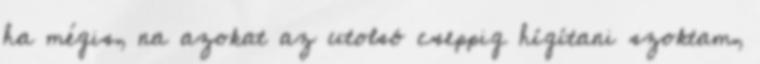
ha mégis, na azokat az utolsó cseppig hígítani szoktam,